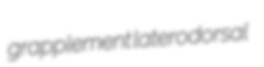
grapplement laterodorsal